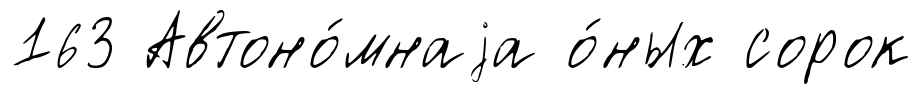
163 Автоно́мнаjа о́ных сорок